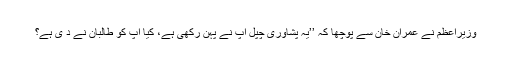
وزیرِاعظم نے عمران خان سے پوچھا کہ ’’یہ پشاوری چپّل آپ نے پہن رکھی ہے، کیا آپ کو طالبان نے د ی ہے؟